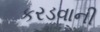
કરડવાની